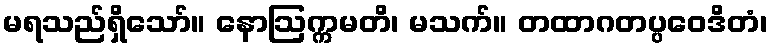
မရသည်ရှိသော်။ နောဩက္ကမတိ၊ မသက်။ တထာဂတပ္ပဝေဒိတံ၊